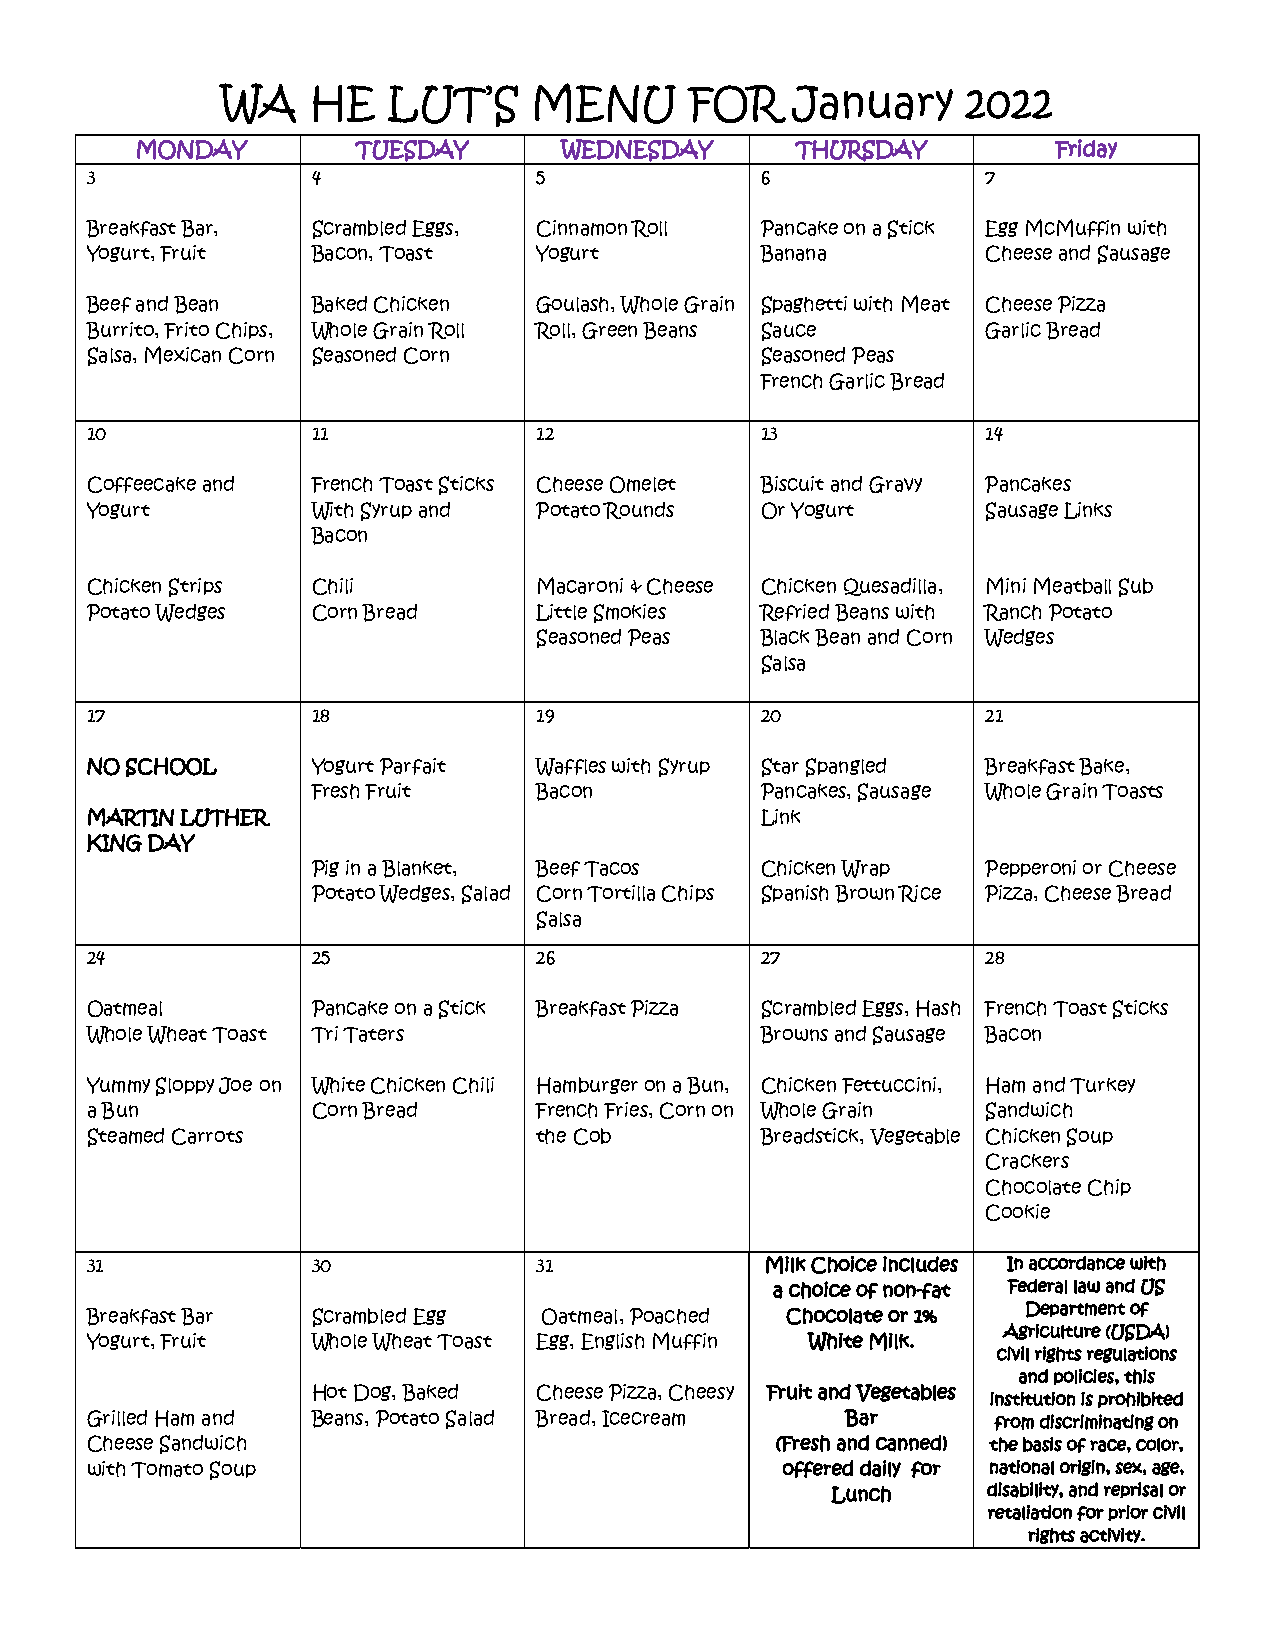
WA    HE   LUT’S    MENU       FOR   January     2022
 MONDAY         TUESDAY      WEDNESDAY       THURSDAY         Friday
 3              4              5             6              7
 Breakfast Bar, Scrambled Eggs, Cinnamon Roll Pancake on a Stick Egg McMuffin with
 Yogurt, Fruit  Bacon, Toast   Yogurt        Banana         Cheese and Sausage
 Beef and Bean  Baked Chicken  Goulash, Whole Grain Spaghetti with Meat Cheese Pizza
 Burrito, Frito Chips, Whole Grain Roll Roll, Green Beans Sauce Garlic Bread
 Salsa, Mexican Corn Seasoned Corn           Seasoned Peas
 French Garlic Bread
 10             11             12            13             14
 Coffeecake and French Toast Sticks Cheese Omelet Biscuit and Gravy Pancakes
 Yogurt         With Syrup and Potato Rounds Or Yogurt      Sausage Links
 Bacon
 Chicken Strips Chili          Macaroni & Cheese Chicken Quesadilla, Mini Meatball Sub
 Potato Wedges  Corn Bread     Little Smokies Refried Beans with Ranch Potato
 Seasoned Peas Black Bean and Corn Wedges
 Salsa
 17             18             19            20             21
 NO SCHOOL      Yogurt Parfait Waffles with Syrup Star Spangled Breakfast Bake,
 Fresh Fruit    Bacon         Pancakes, Sausage Whole Grain Toasts
 MARTIN LUTHER                               Link
 KING DAY
 Pig in a Blanket, Beef Tacos Chicken Wrap   Pepperoni or Cheese
 Potato Wedges, Salad Corn Tortilla Chips Spanish Brown Rice Pizza, Cheese Bread
 Salsa
 24             25             26            27             28
 Oatmeal        Pancake on a Stick Breakfast Pizza Scrambled Eggs, Hash French Toast Sticks
 Whole Wheat Toast Tri Taters                Browns and Sausage Bacon
 Yummy Sloppy Joe on White Chicken Chili Hamburger on a Bun, Chicken Fettuccini, Ham and Turkey
 a Bun          Corn Bread     French Fries, Corn on Whole Grain Sandwich
 Steamed Carrots               the Cob       Breadstick, Vegetable Chicken Soup
 Crackers
 Chocolate Chip
 Cookie
 31             30             31             Milk Choice includes In accordance with
 a choice of non-fat Federal law and US
 Department of
 Breakfast Bar  Scrambled Egg  Oatmeal, Poached Chocolate or 1%
 Agriculture (USDA)
 Yogurt, Fruit  Whole Wheat Toast Egg, English Muffin White Milk.
 civil rights regulations
 and policies, this
 Hot Dog, Baked Cheese Pizza, Cheesy Fruit and Vegetables
 institution is prohibited
 Grilled Ham and Beans, Potato Salad Bread, Icecream Bar     from discriminating on
 Cheese Sandwich                              (Fresh and canned) the basis of race, color,
 with Tomato Soup                              offered daily for national origin, sex, age,
 Lunch     disability, and reprisal or
 retaliation for prior civil
 rights activity.